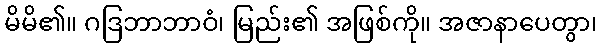
မိမိ၏။ ဂဒြဘာဘာဝံ၊ မြည်း၏ အဖြစ်ကို။ အဇာနာပေတွာ၊